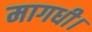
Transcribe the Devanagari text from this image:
मागधी।